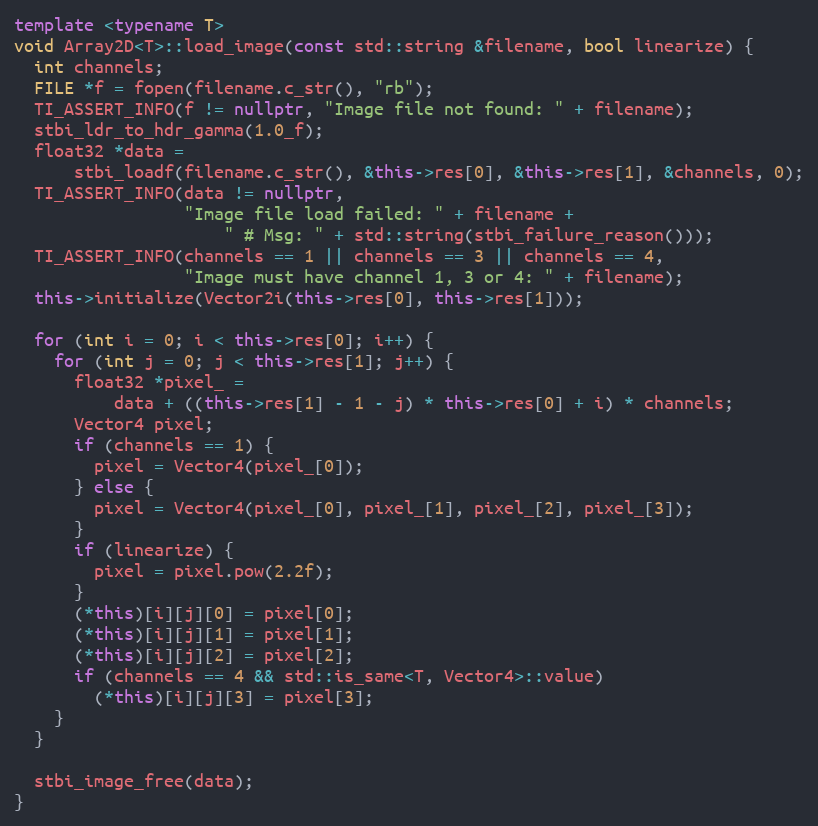
Language: C++
template <typename T>
void Array2D<T>::load_image(const std::string &filename, bool linearize) {
  int channels;
  FILE *f = fopen(filename.c_str(), "rb");
  TI_ASSERT_INFO(f != nullptr, "Image file not found: " + filename);
  stbi_ldr_to_hdr_gamma(1.0_f);
  float32 *data =
      stbi_loadf(filename.c_str(), &this->res[0], &this->res[1], &channels, 0);
  TI_ASSERT_INFO(data != nullptr,
                 "Image file load failed: " + filename +
                     " # Msg: " + std::string(stbi_failure_reason()));
  TI_ASSERT_INFO(channels == 1 || channels == 3 || channels == 4,
                 "Image must have channel 1, 3 or 4: " + filename);
  this->initialize(Vector2i(this->res[0], this->res[1]));

  for (int i = 0; i < this->res[0]; i++) {
    for (int j = 0; j < this->res[1]; j++) {
      float32 *pixel_ =
          data + ((this->res[1] - 1 - j) * this->res[0] + i) * channels;
      Vector4 pixel;
      if (channels == 1) {
        pixel = Vector4(pixel_[0]);
      } else {
        pixel = Vector4(pixel_[0], pixel_[1], pixel_[2], pixel_[3]);
      }
      if (linearize) {
        pixel = pixel.pow(2.2f);
      }
      (*this)[i][j][0] = pixel[0];
      (*this)[i][j][1] = pixel[1];
      (*this)[i][j][2] = pixel[2];
      if (channels == 4 && std::is_same<T, Vector4>::value)
        (*this)[i][j][3] = pixel[3];
    }
  }

  stbi_image_free(data);
}